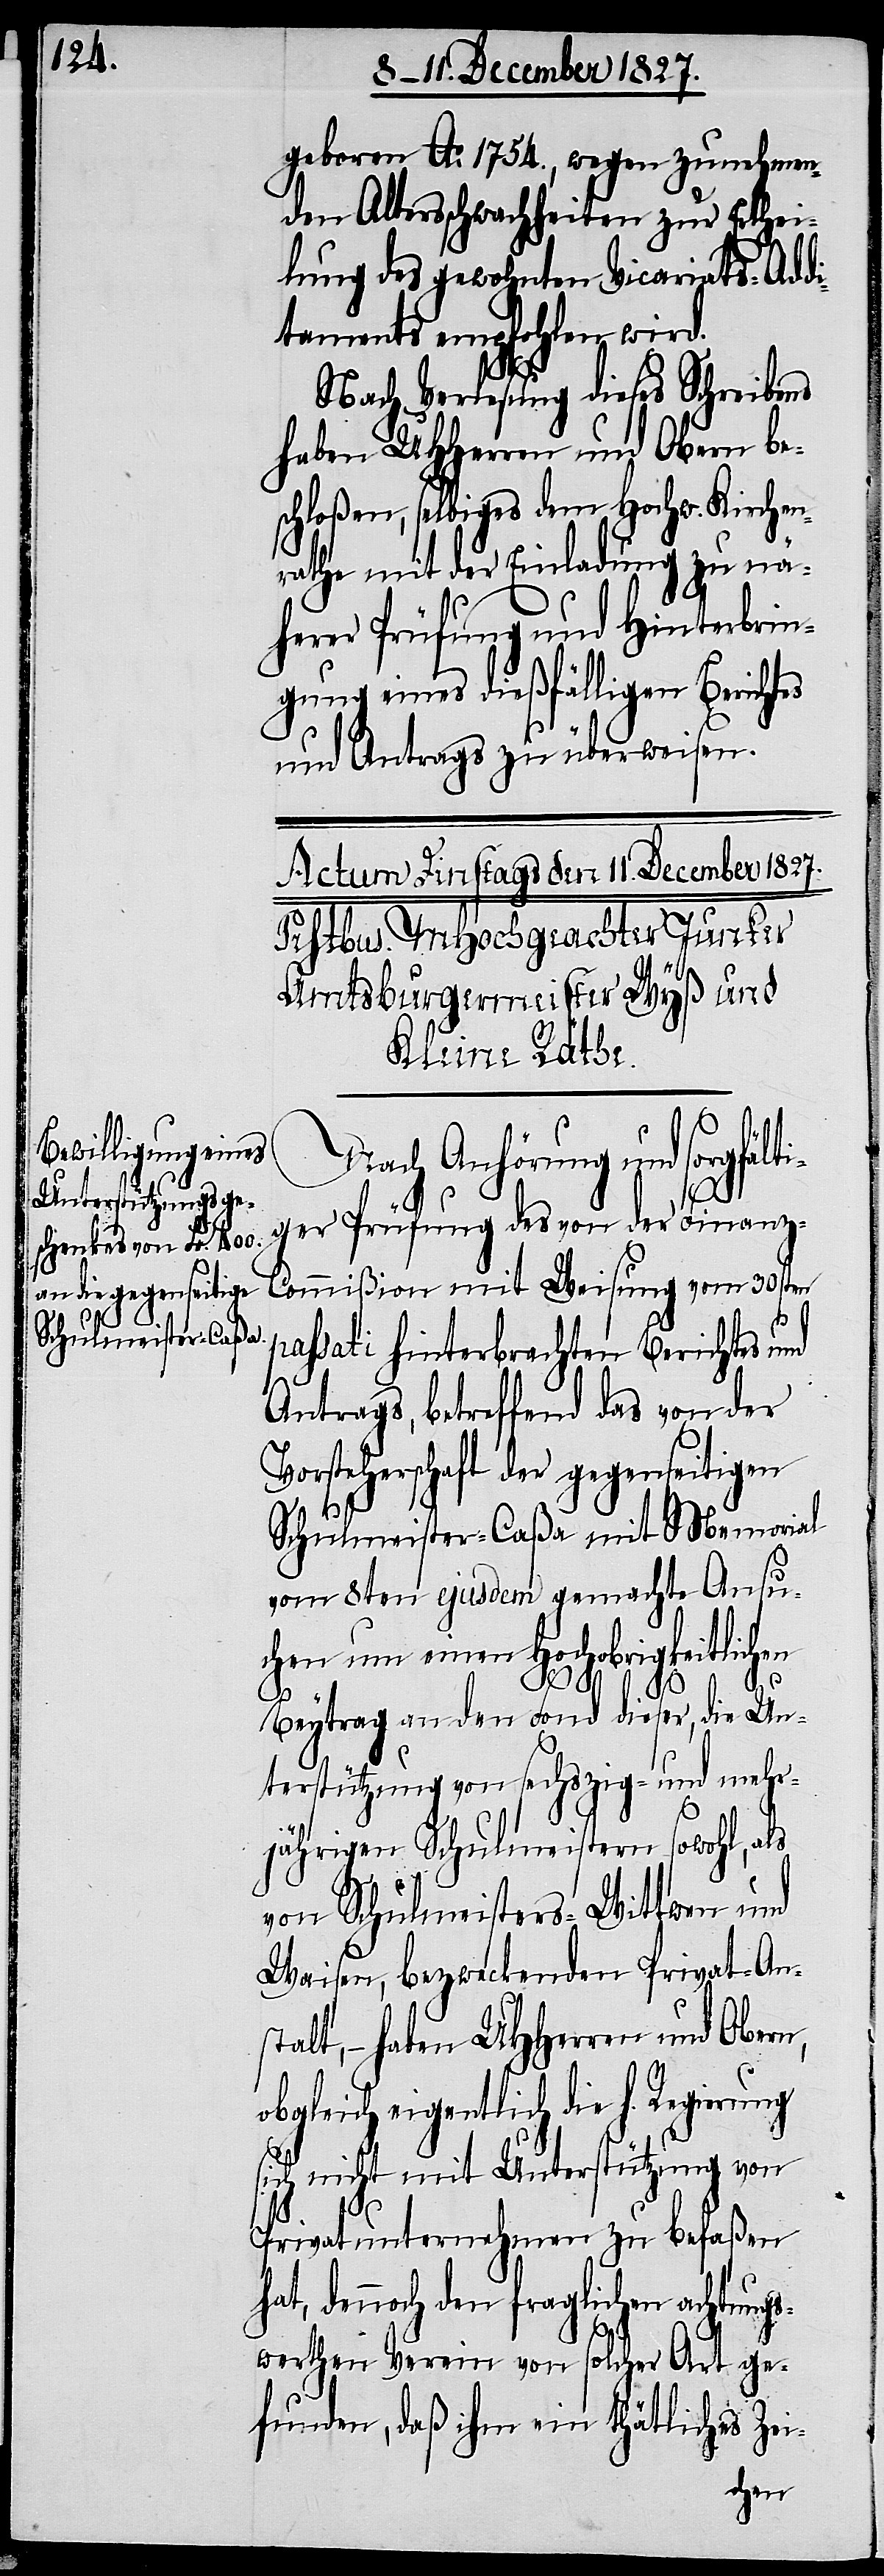
geboren Ao. 1754., wegen zunehmen¬
den Altersschwachheiten zur Erthei¬
lung des gewohnten Vicariats-Add¬
itaments empfohlen wird.
Nach Verlesung dieses Schreibens
haben UHHerren und Obern be¬
schloßen, selbiges dem Hochw. Kirchen¬
rathe mit der Einladung zu nä¬
herer Prüfung und Hinterbrin¬
gung eines dießfälligen Berichtes
und Antrags zu überweisen.
Nach Anhörung und sorgfält¬
iger Prüfung des von der Finanz-C¬
ommißion mit Weisung vom 30sten
passati hinterbrachten Berichtes und
Antrags, betreffend das von der
Vorsteherschaft der gegenseitigen
Schulmeister-Caßa mit Memorial
vom 8ten ejusdem gemachte Ansu¬
chen um einen Hochobrigkeitlichen
Beytrag an den Fond dieser, die Un¬
terstützung von sechszig- und mehr¬
jährigen Schulmeistern sowohl,
von Schulmeisters-Wittwen und
Waisen, bezweckenden Privat-An¬
stalt, – haben UHHerren und Obern,
obgleich eigentlich die h. Regierung
sich nicht mit Unterstützung von
Privatunternehmungen zu befaßen
hat, dennoch den fraglichen achtungs¬
werthen Verein von solcher Art ge¬
funden, daß ihm ein thätliches Zei-